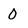
Character: 0